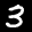
Label: 3